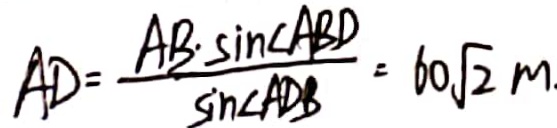
A D = \frac { A B \cdot \sin \angle A B D } { \sin \angle A D B } = 6 0 \sqrt { 2 } m